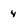
Character: 4